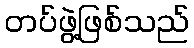
တပ်ဖွဲ့ဖြစ်သည်